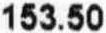
153.50